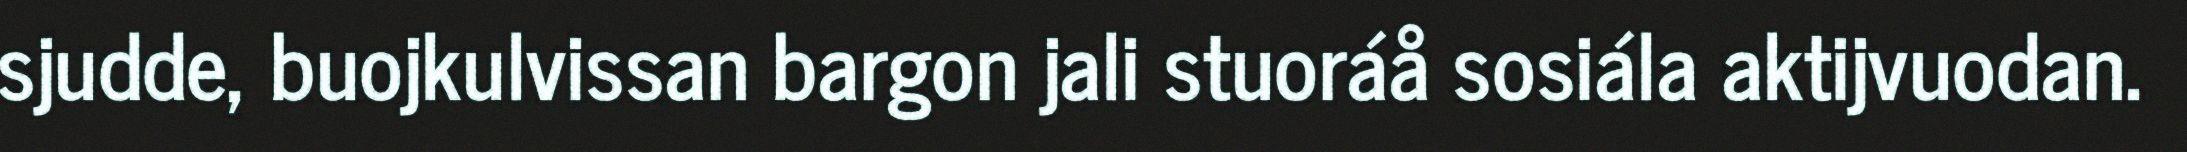
sjudde, buojkulvissan bargon jali stuoráå sosiála aktijvuodan.